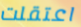
اعتقلت